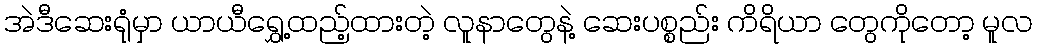
အဲဒီဆေးရုံမှာ ယာယီရွှေ့ထည့်ထားတဲ့ လူနာတွေနဲ့ ဆေးပစ္စည်း ကိရိယာ တွေကိုတော့ မူလ